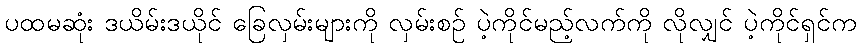
ပထမဆုံး ဒယိမ်းဒယိုင် ခြေလှမ်းများကို လှမ်းစဉ် ပဲ့ကိုင်မည့်လက်ကို လိုလျှင် ပဲ့ကိုင်ရှင်က